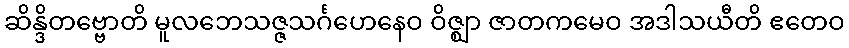
ဆိန္ဒိတဗ္ဗောတိ မူလဘေသဇ္ဇသင်္ဂဟေနေဝ ဝိဇ္ဈာ ဇာတကမေဝ အဒါသယီတိ ဧတေဝ